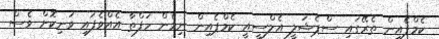
ކެމްޕެެއިން ތެރޭގައި ސްޕެޝަލީ އެލްސީއީ ކެމްޕެއިން ނިމެން ހަފްތާ އެއްވެފައި ވަނިކޮށް ވެސް